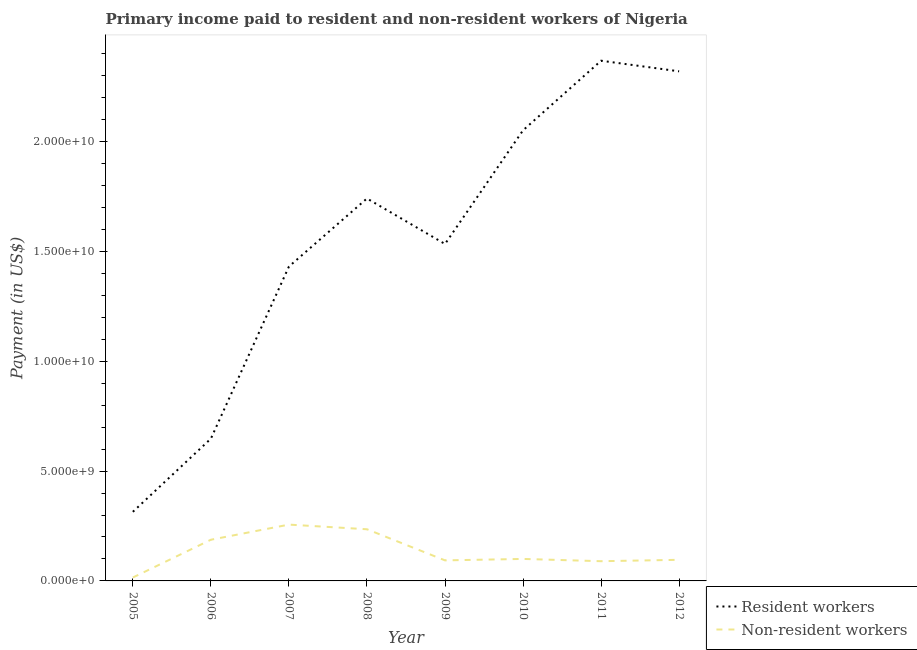
| Year | Resident workers | Non-resident workers |
 | --- | --- | --- |
 | 2005 | 3.15e+09 | 1.55e+08 |
 | 2006 | 6.48e+09 | 1.88e+09 |
 | 2007 | 1.43e+10 | 2.56e+09 |
 | 2008 | 1.74e+10 | 2.35e+09 |
 | 2009 | 1.53e+10 | 9.35e+08 |
 | 2010 | 2.05e+10 | 1e+09 |
 | 2011 | 2.37e+10 | 8.98e+08 |
 | 2012 | 2.32e+10 | 9.61e+08 |